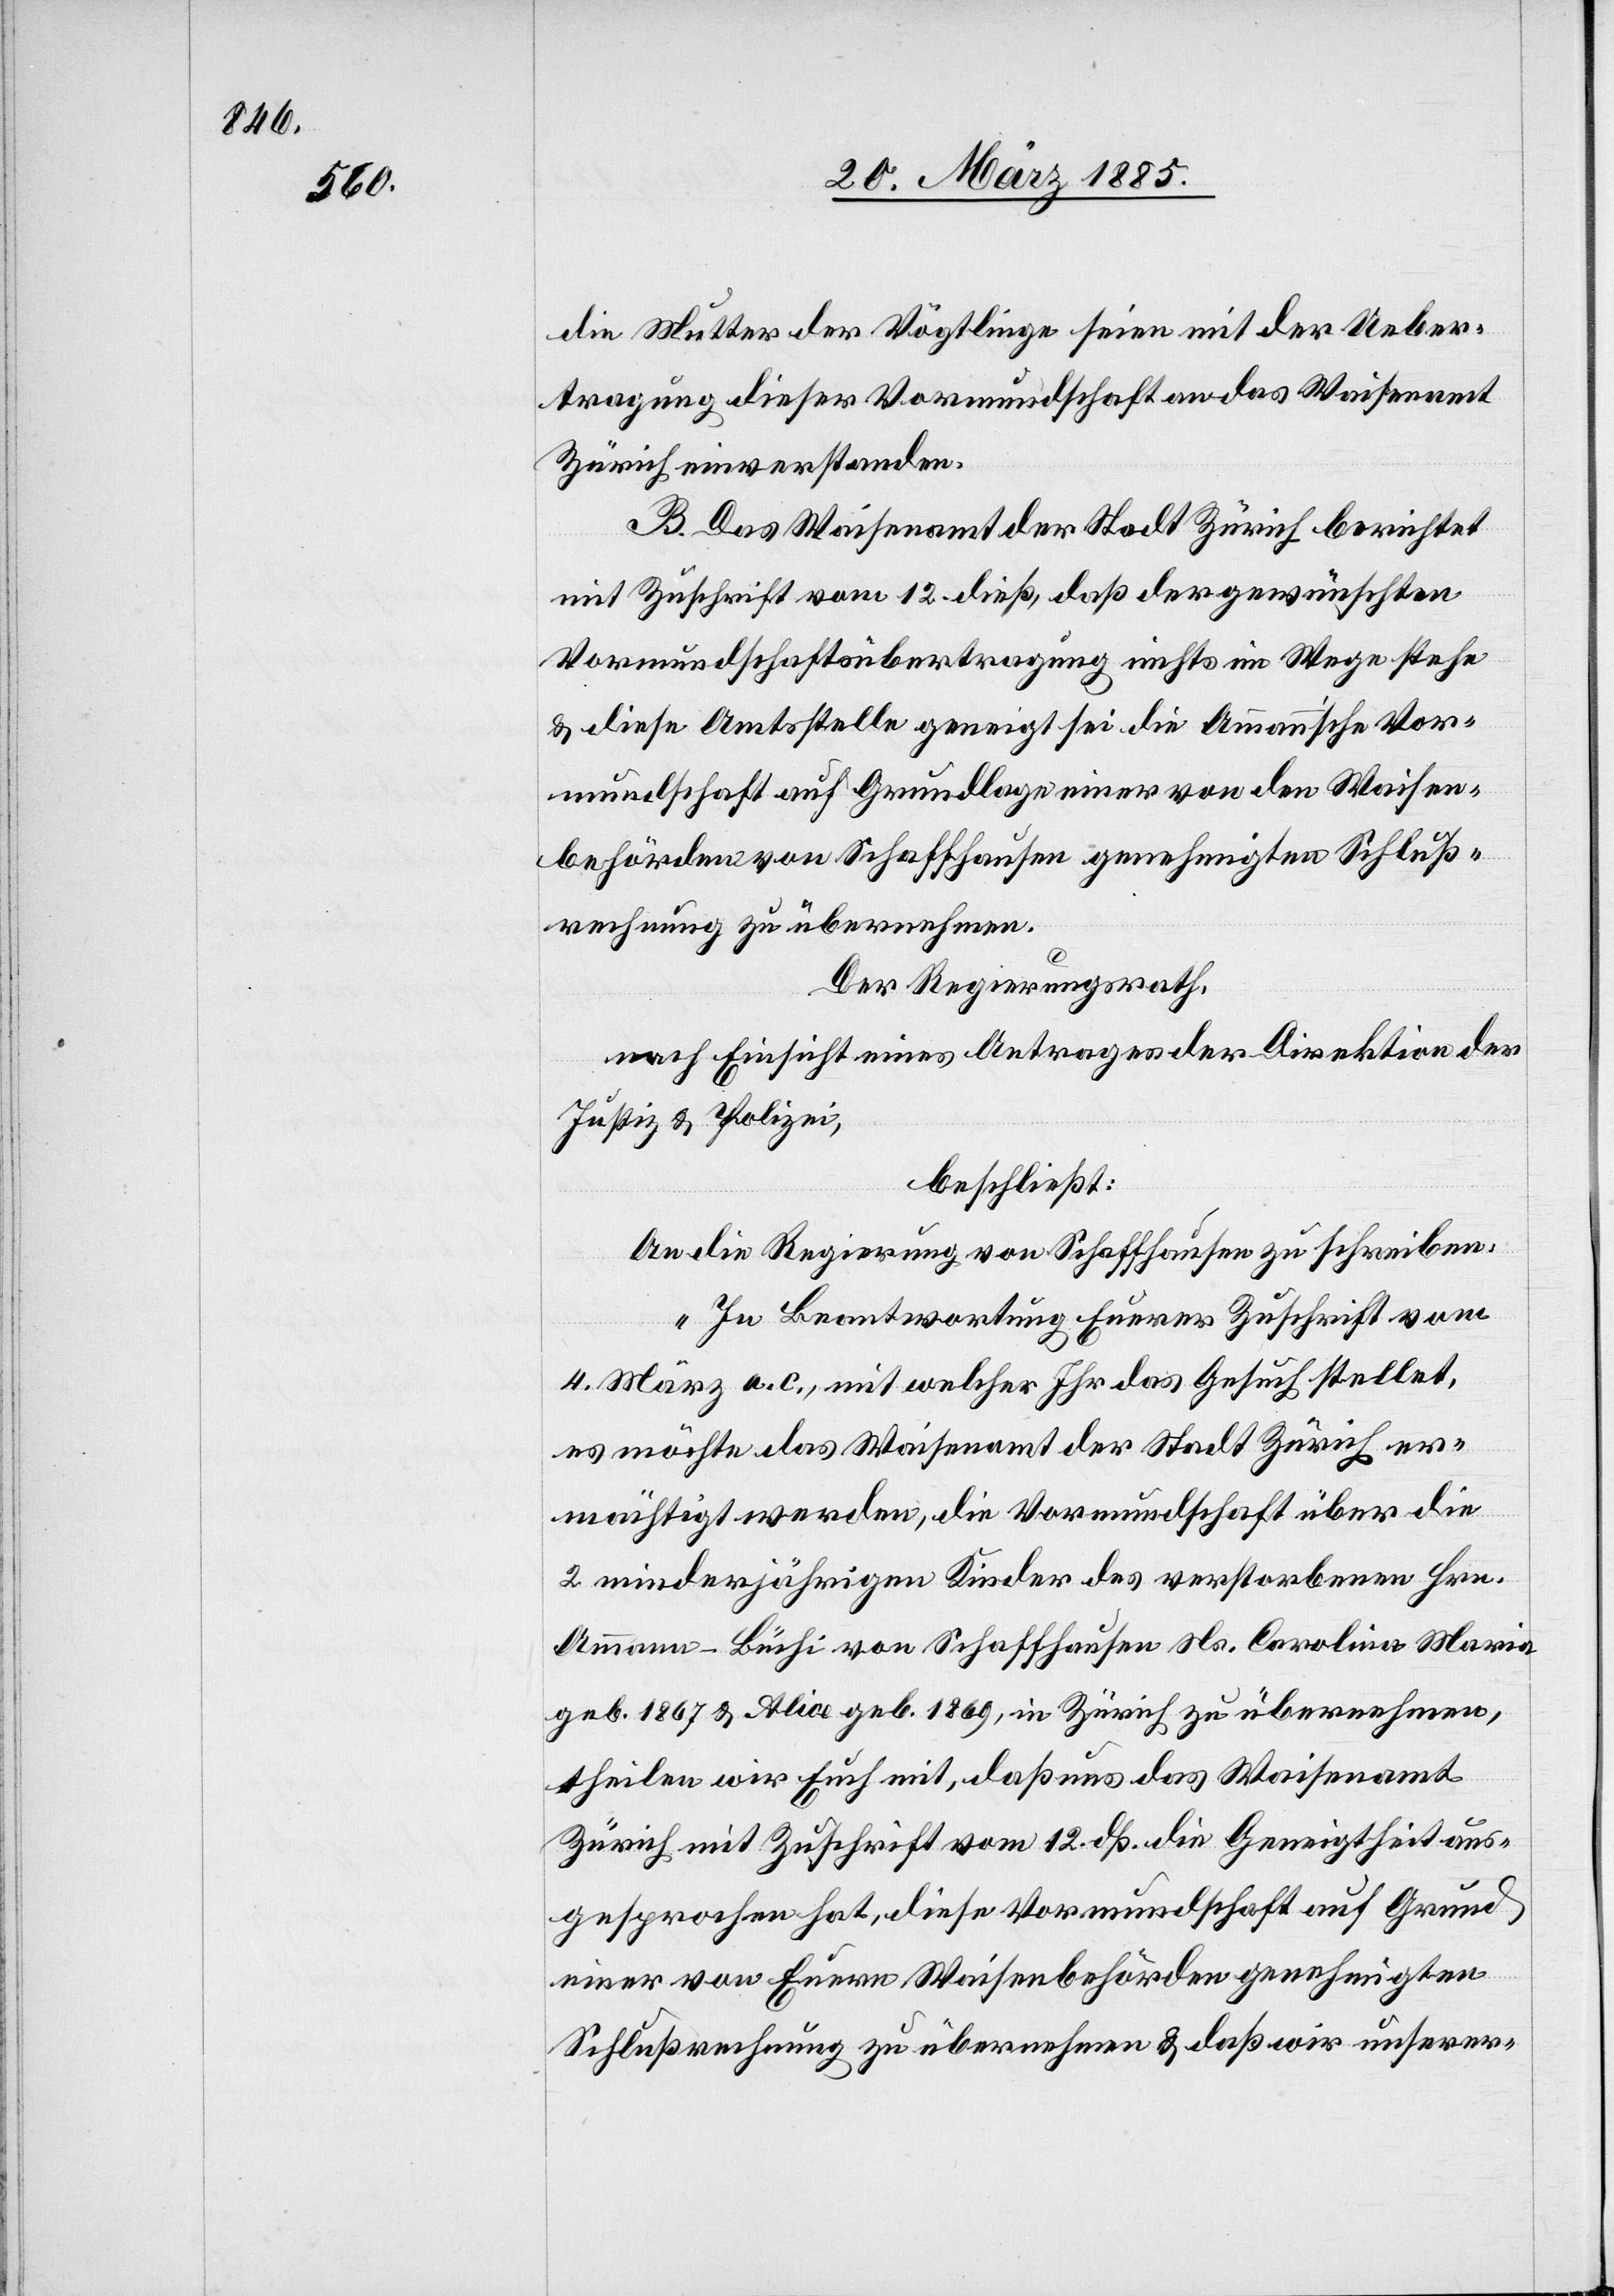
die Mutter der Vögtlinge seien mit der Ueber¬
tragung dieser Vormundschaft an das Waisenamt
Zürich einverstanden.
B. Das Waisenamt der Stadt Zürich berichtet
mit Zuschrift vom 12. dieß, daß der gewünschten
Vormundschaftsübertragung nichts im Wege stehe
& diese Amtsstelle geneigt sei die Ammann’sche Vor¬
mundschaft auf Grundlage einer von den Waisen¬
behörden von Schaffhausen genehmigten Schluß¬
rechnung zu übernehmen.
Der Regierungsrath,
nach Einsicht eines Antrages der Direktion der
Justiz & Polizei,
beschließt:
An die Regierung von Schaffhausen zu schreiben:
„In Beantwortung Euerer Zuschrift vom
4. März a. c., mit welcher Ihr das Gesuch stellet,
es möchte das Waisenamt der Stadt Zürich er¬
mächtigt werden, die Vormundschaft über die
2 minderjährigen Kinder des verstorbenen Hrn.
Ammann-Büchi von Schaffhausen Ns. Carolina Maria
geb. 1867 & Alice geb. 1869, in Zürich zu übernehmen,
theilen wir Euch mit, daß uns das Waisenamt
Zürich mit Zuschrift vom 12. dß. die Geneigtheit aus¬
gesprochen hat, diese Vormundschaft auf Grund
einer von Euern, Waisenbehörden genehmigten
Schlußrechnung zu übernehmen & daß wir unserer-